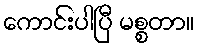
ကောင်းပါပြီ မစ္စတာ။